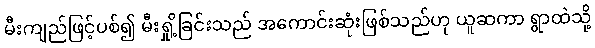
မီးကျည်ဖြင့်ပစ်၍ မီးရှို့ခြင်းသည် အကောင်းဆုံးဖြစ်သည်ဟု ယူဆကာ ရွာထဲသို့